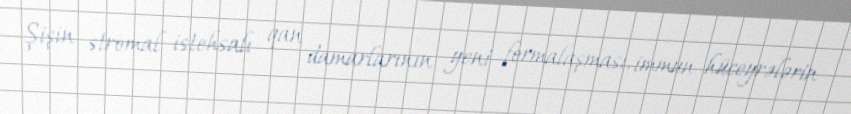
Şişin stromal istehsalı qan damarlarının yeni formalaşması, immun hüceyrələrin